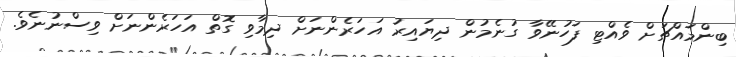
ބިންމައްޗަށް ވެއްޓި ފަހުނޭވާ ގުނެމުން ދިޔައިރު އަހަރެންނަށް ދިމާވި ގޮތް އަހަރެންނަށް ވިސްނުނެވެ.